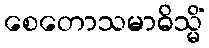
စေတောသမာဓိသ္မိံ